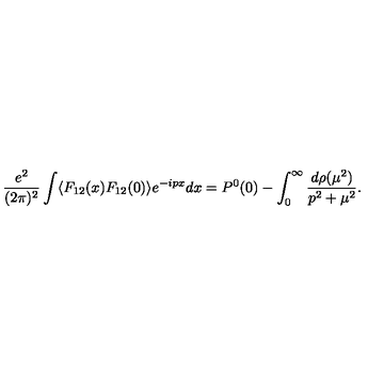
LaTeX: \frac { e ^ { 2 } } { ( 2 \pi ) ^ { 2 } } \int \langle F _ { 1 2 } ( x ) F _ { 1 2 } ( 0 ) \rangle e ^ { - i p x } d x = P ^ { 0 } ( 0 ) - \int _ { 0 } ^ { \infty } \frac { d \rho ( \mu ^ { 2 } ) } { p ^ { 2 } + \mu ^ { 2 } } .